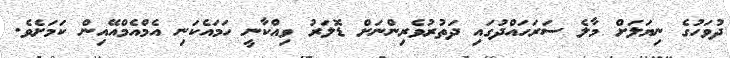
ދުވަހުގެ ނިޔަލަށް މާލެ ސަރަހައްދުގައި ދަތުރުވެރިންނަށް ޑޮލަރު ވިއްކާނީ ހަމައެކަނި އެމްއެމްއޭއިން ކަމަށެވެ.